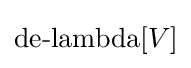
\operatorname {de-lambda} [V]